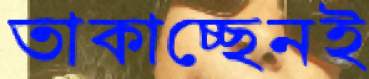
তাকাচ্ছেনই